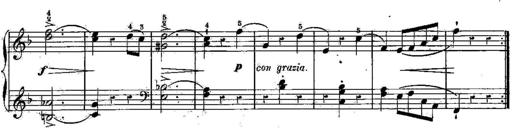
Title: 6 Sonatines
Composer: Albert Lavignac
Key: C major
 G major
 D major
 A minor
 F major
 B-flat major